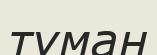
тұман